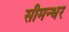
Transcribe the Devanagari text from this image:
सीमन्धर